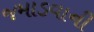
જમાડવાની